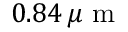
0 . 8 4 \, \mu \mathrm { ~ m ~ }